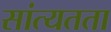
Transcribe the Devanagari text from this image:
सांत्यतता